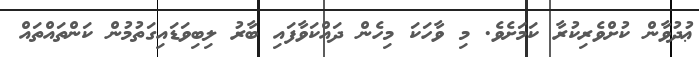
ޢުދުވާން ކުށްވެރިކުރާ ކަމަށެވެ. މި ވާހަކަ މިހެން ދައްކަވާފައި ބާރު ލިބިވަޑައިގަތުމުން ކަންތައްތައް